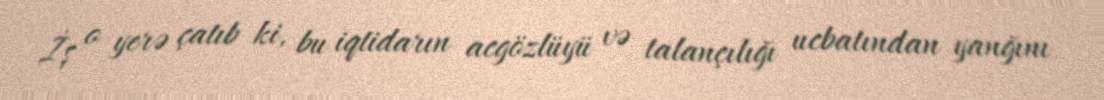
İş o yerə çatıb ki, bu iqtidarın acgözlüyü və talançılığı ucbatından yanğını